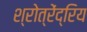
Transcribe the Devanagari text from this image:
श्रोत्रेंद्रिय